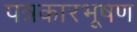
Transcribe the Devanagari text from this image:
पत्रकारभूषण